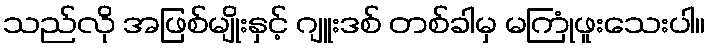
သည်လို အဖြစ်မျိုးနှင့် ဂျူးဒစ် တစ်ခါမှ မကြုံဖူးသေးပါ။